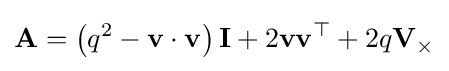
\mathbf {A} =\left(q^{2}-\mathbf {v} \cdot \mathbf {v} \right)\mathbf {I} +2\mathbf {v} \mathbf {v} ^{\top }+2q\mathbf {V} _{\times }